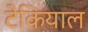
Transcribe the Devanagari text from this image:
टेकियाल